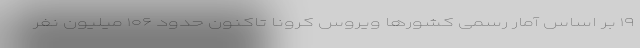
۱۹ بر اساس آمار رسمی کشورها ویروس کرونا تاکنون حدود ۱۰۶ میلیون نفر